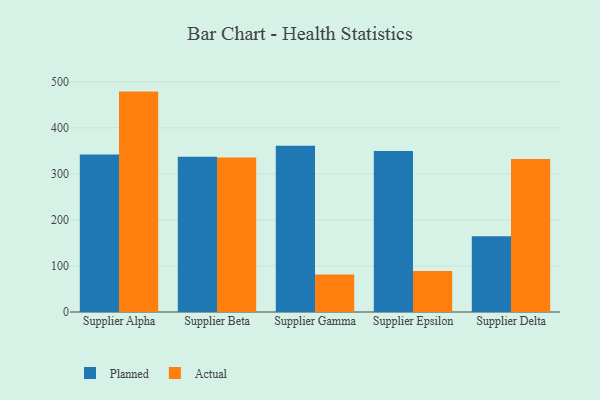
{"axis": {"x": "Supplier", "y": "Revenue (USD Million)"}, "legend": ["Actual", "Planned"], "data": [{"x": "Supplier Alpha", "y": 342.0, "type": "Planned"}, {"x": "Supplier Alpha", "y": 478.8, "type": "Actual"}, {"x": "Supplier Beta", "y": 337.4, "type": "Planned"}, {"x": "Supplier Beta", "y": 335.8, "type": "Actual"}, {"x": "Supplier Gamma", "y": 361.3, "type": "Planned"}, {"x": "Supplier Gamma", "y": 81.2, "type": "Actual"}, {"x": "Supplier Epsilon", "y": 350.0, "type": "Planned"}, {"x": "Supplier Epsilon", "y": 89.1, "type": "Actual"}, {"x": "Supplier Delta", "y": 164.4, "type": "Planned"}, {"x": "Supplier Delta", "y": 332.4, "type": "Actual"}]}